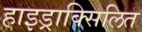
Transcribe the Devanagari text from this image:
हाइड्राक्सिलित